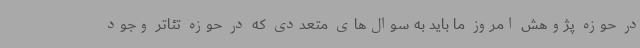
در حوزه پژوهش امروز ما باید به سوال‌های متعددی که در حوزه تئاتر وجود